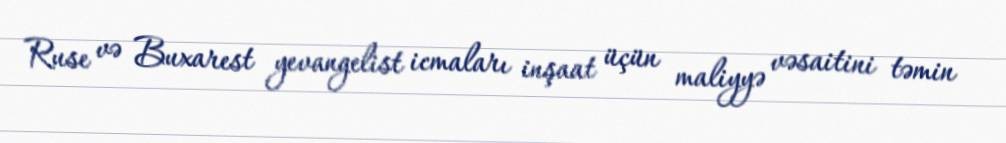
Ruse və Buxarest yevangelist icmaları inşaat üçün maliyyə vəsaitini təmin